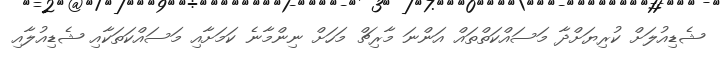
ޝެޑިއުލަށް ކުރިޔަށްދާ މަސައްކަތްތައް އަންނަ މާރިޗް މަހަށް ނިންމާނެ ކަމަށާއި މަސައްކަތަކާއި ޝެޑިއުލާއި